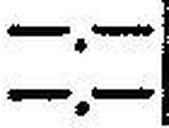
—.—